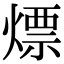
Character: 熛